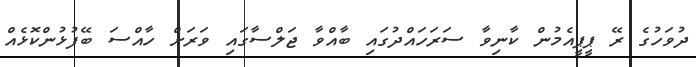
ދުވަހުގެ ރޭ ޕީޕީއެމުން ކާނިވާ ސަރަހައްދުގައި ބާއްވާ ޖަލްސާގައި ވަރަށް ހާއްސަ ބޭފުޅުންކޮޅެއް